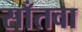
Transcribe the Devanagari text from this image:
साँतवा